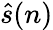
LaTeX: {\hat{s}}(n)